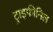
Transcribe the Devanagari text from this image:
ट्राइफीनिल